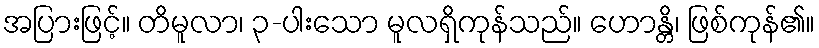
အပြားဖြင့်။ တိမူလာ၊ ၃-ပါးသော မူလရှိကုန်သည်။ ဟောန္တိ၊ ဖြစ်ကုန်၏။